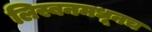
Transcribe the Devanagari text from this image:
लिस्बनमधूनच